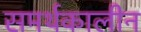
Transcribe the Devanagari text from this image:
समर्थकालीन